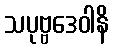
သပုဗ္ဗဒေဝါနိ